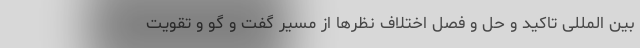
بین المللی تاکید و حل و فصل اختلاف نظرها از مسیر گفت و گو و تقویت